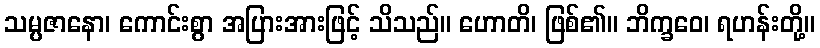
သမ္ပဇာနော၊ ကောင်းစွာ အပြားအားဖြင့် သိသည်။ ဟောတိ၊ ဖြစ်၏။ ဘိက္ခဝေ၊ ရဟန်းတို့။